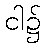
ငါ၌